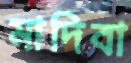
মাদিবা